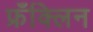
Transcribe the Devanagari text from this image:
फ्रँक्लिन